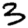
Digit: 3